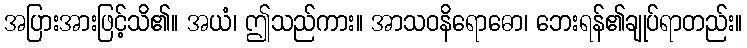
အပြားအားဖြင့်သိ၏။ အယံ၊ ဤသည်ကား။ အာသဝနိရောဓော၊ ဘေးရန်၏ချုပ်ရာတည်း။